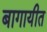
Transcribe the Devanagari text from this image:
बागायीत